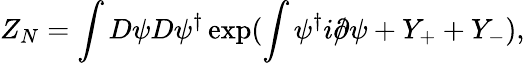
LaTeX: Z_{N}=\int D\psi D\psi^{\dagger}\exp(\int\psi^{\dagger}i\rlap{/}{\partial}\psi+Y_{+}+Y_{-}),